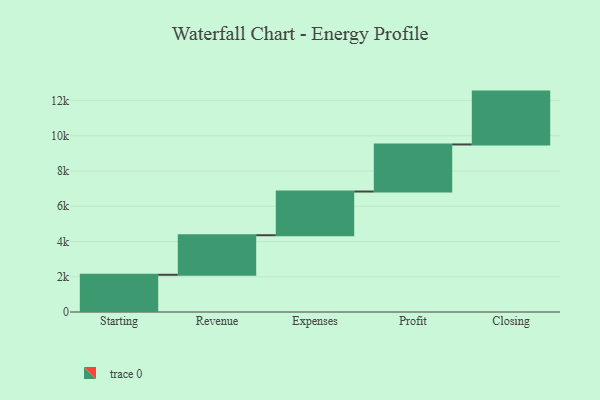
{"axis": {"x": "Step", "y": "Value"}, "legend": [""], "data": [{"x": "Starting", "y": 2111.0, "type": ""}, {"x": "Revenue", "y": 2246.0, "type": ""}, {"x": "Expenses", "y": 2480.0, "type": ""}, {"x": "Profit", "y": 2671.0, "type": ""}, {"x": "Closing", "y": 3000, "type": ""}]}